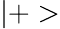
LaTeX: |+>